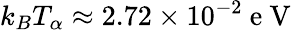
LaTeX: k_{B}T_{\alpha}\approx 2.72\times 10^{-2}\mathrm{~e~V~}